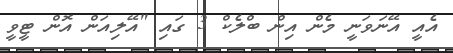
އެއީ އޭނަވަނީ މެން އިން ބްލެކް 3 ގައި "އޭލިއަން އޮން ޓީވީ